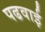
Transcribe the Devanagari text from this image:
पढवाई